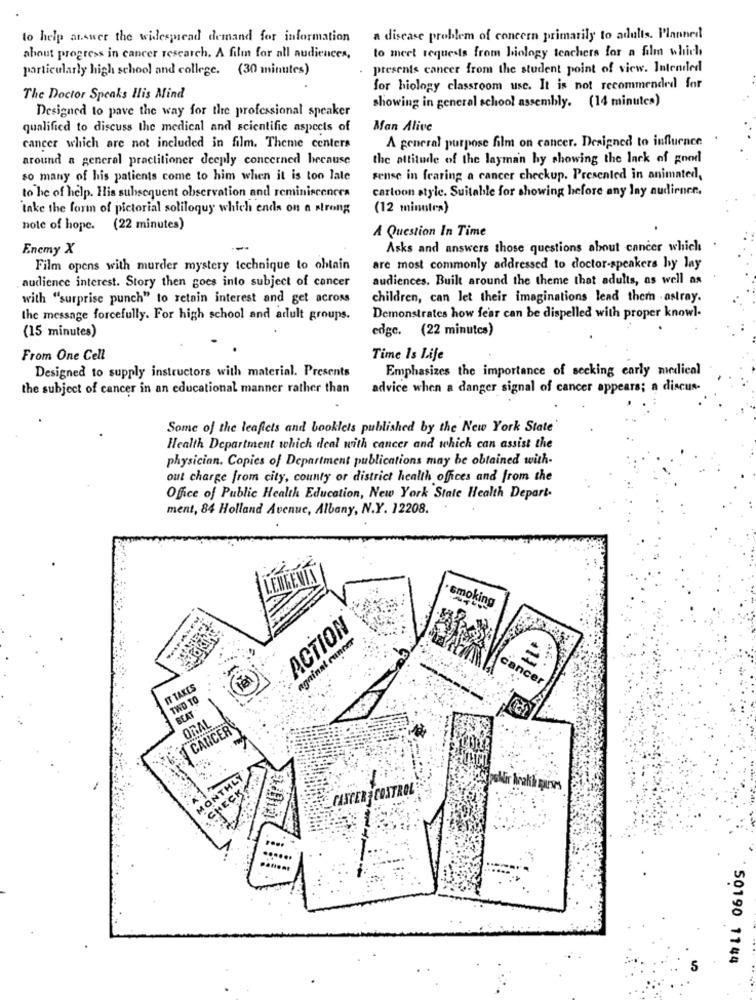
to help answer the widespread demand for information
a disease problem of concern primarily to adults. Planned
to meet requests from biology teachers for a film which
about progress in cancer research. A film for all audiences,
particularly high school and college. (30 minutes)
presents cancer from the student point of view. Intended
for biology classroom use. It is not recommended for
The Doctor Speaks His Mind
showing in general school assembly. (14 minutes)
Designed to pave the way for the professional speaker
qualified to discuss the medical and scientific aspects of
Man Alive
A general purpose film on cancer. Designed to influence
cancer which are not included in film. Theme centers
around a general practitioner deeply concerned because
the attitude of the layman hy showing the lack of good
so many of his patients come to him when it is too late
sense in fearing a cancer checkup. Presented in animated,
cartoon style. Suitable for showing before any lay audirner.
to be of help. His subsequent observation and reminiscences
take the form of pictorial soliloquy which ends on a strong
(12 minutes)
note of hope. (22 minutes)
A Question In Time
Enemy X
Asks and answers those questions about cancer which
Film opens with murder mystery technique to obtain
are most commonly addressed to doctor-speakers hy lay
audience interest. Story then goes into subject of cancer
audiences. Built around the theme that adults, as well as
with "surprise punch" to retain interest and get across
children, can let their imaginations lead them - astray.
the message forcefully. For high school and adult groups.
Demonstrates how fear can be dispelled with proper knowl-
edge. (22 minutes)
(15 minutes)
From One Cell
Time Is Life
Designed to supply instructors with material. Presents
Emphasizes the importance of secking early medical
the subject of cancer in an educational manner rather than
advice when a danger signal of cancer appears; a discus-
Some of the leaficts and booklets published by the New York State'
Health Department which deal with cancer and which can assist the
physician. Copies of Department publications may be obtained with-
out charge from city, county or district health ofices and from the
Office of Public Health Education, New York State Health Depart.
ment, 84 Holland Avenue, Albany, N.Y. 12208.
· smoking
ACTION
againal cuncer
cancer
IT TAKES
TWO TO
BEAT
ORAL
CANCER
MONTHLY
CHECK
CANCER CONTROL
....
50190 1144